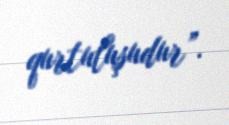
qurtuluşudur”.